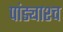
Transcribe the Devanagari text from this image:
पांड्याश्च